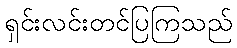
ရှင်းလင်းတင်ပြကြသည်